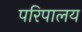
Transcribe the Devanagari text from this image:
परिपालय